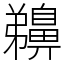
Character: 䶏